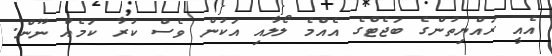
އެއީ ރައްޔިތުންގެ ބަޖެޓްގެ އެއްމެ ލޯލާއި އަކުން ވެސް ކުރާ ކަމެއް ނޫން.